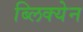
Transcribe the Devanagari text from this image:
ब्लिक्येन